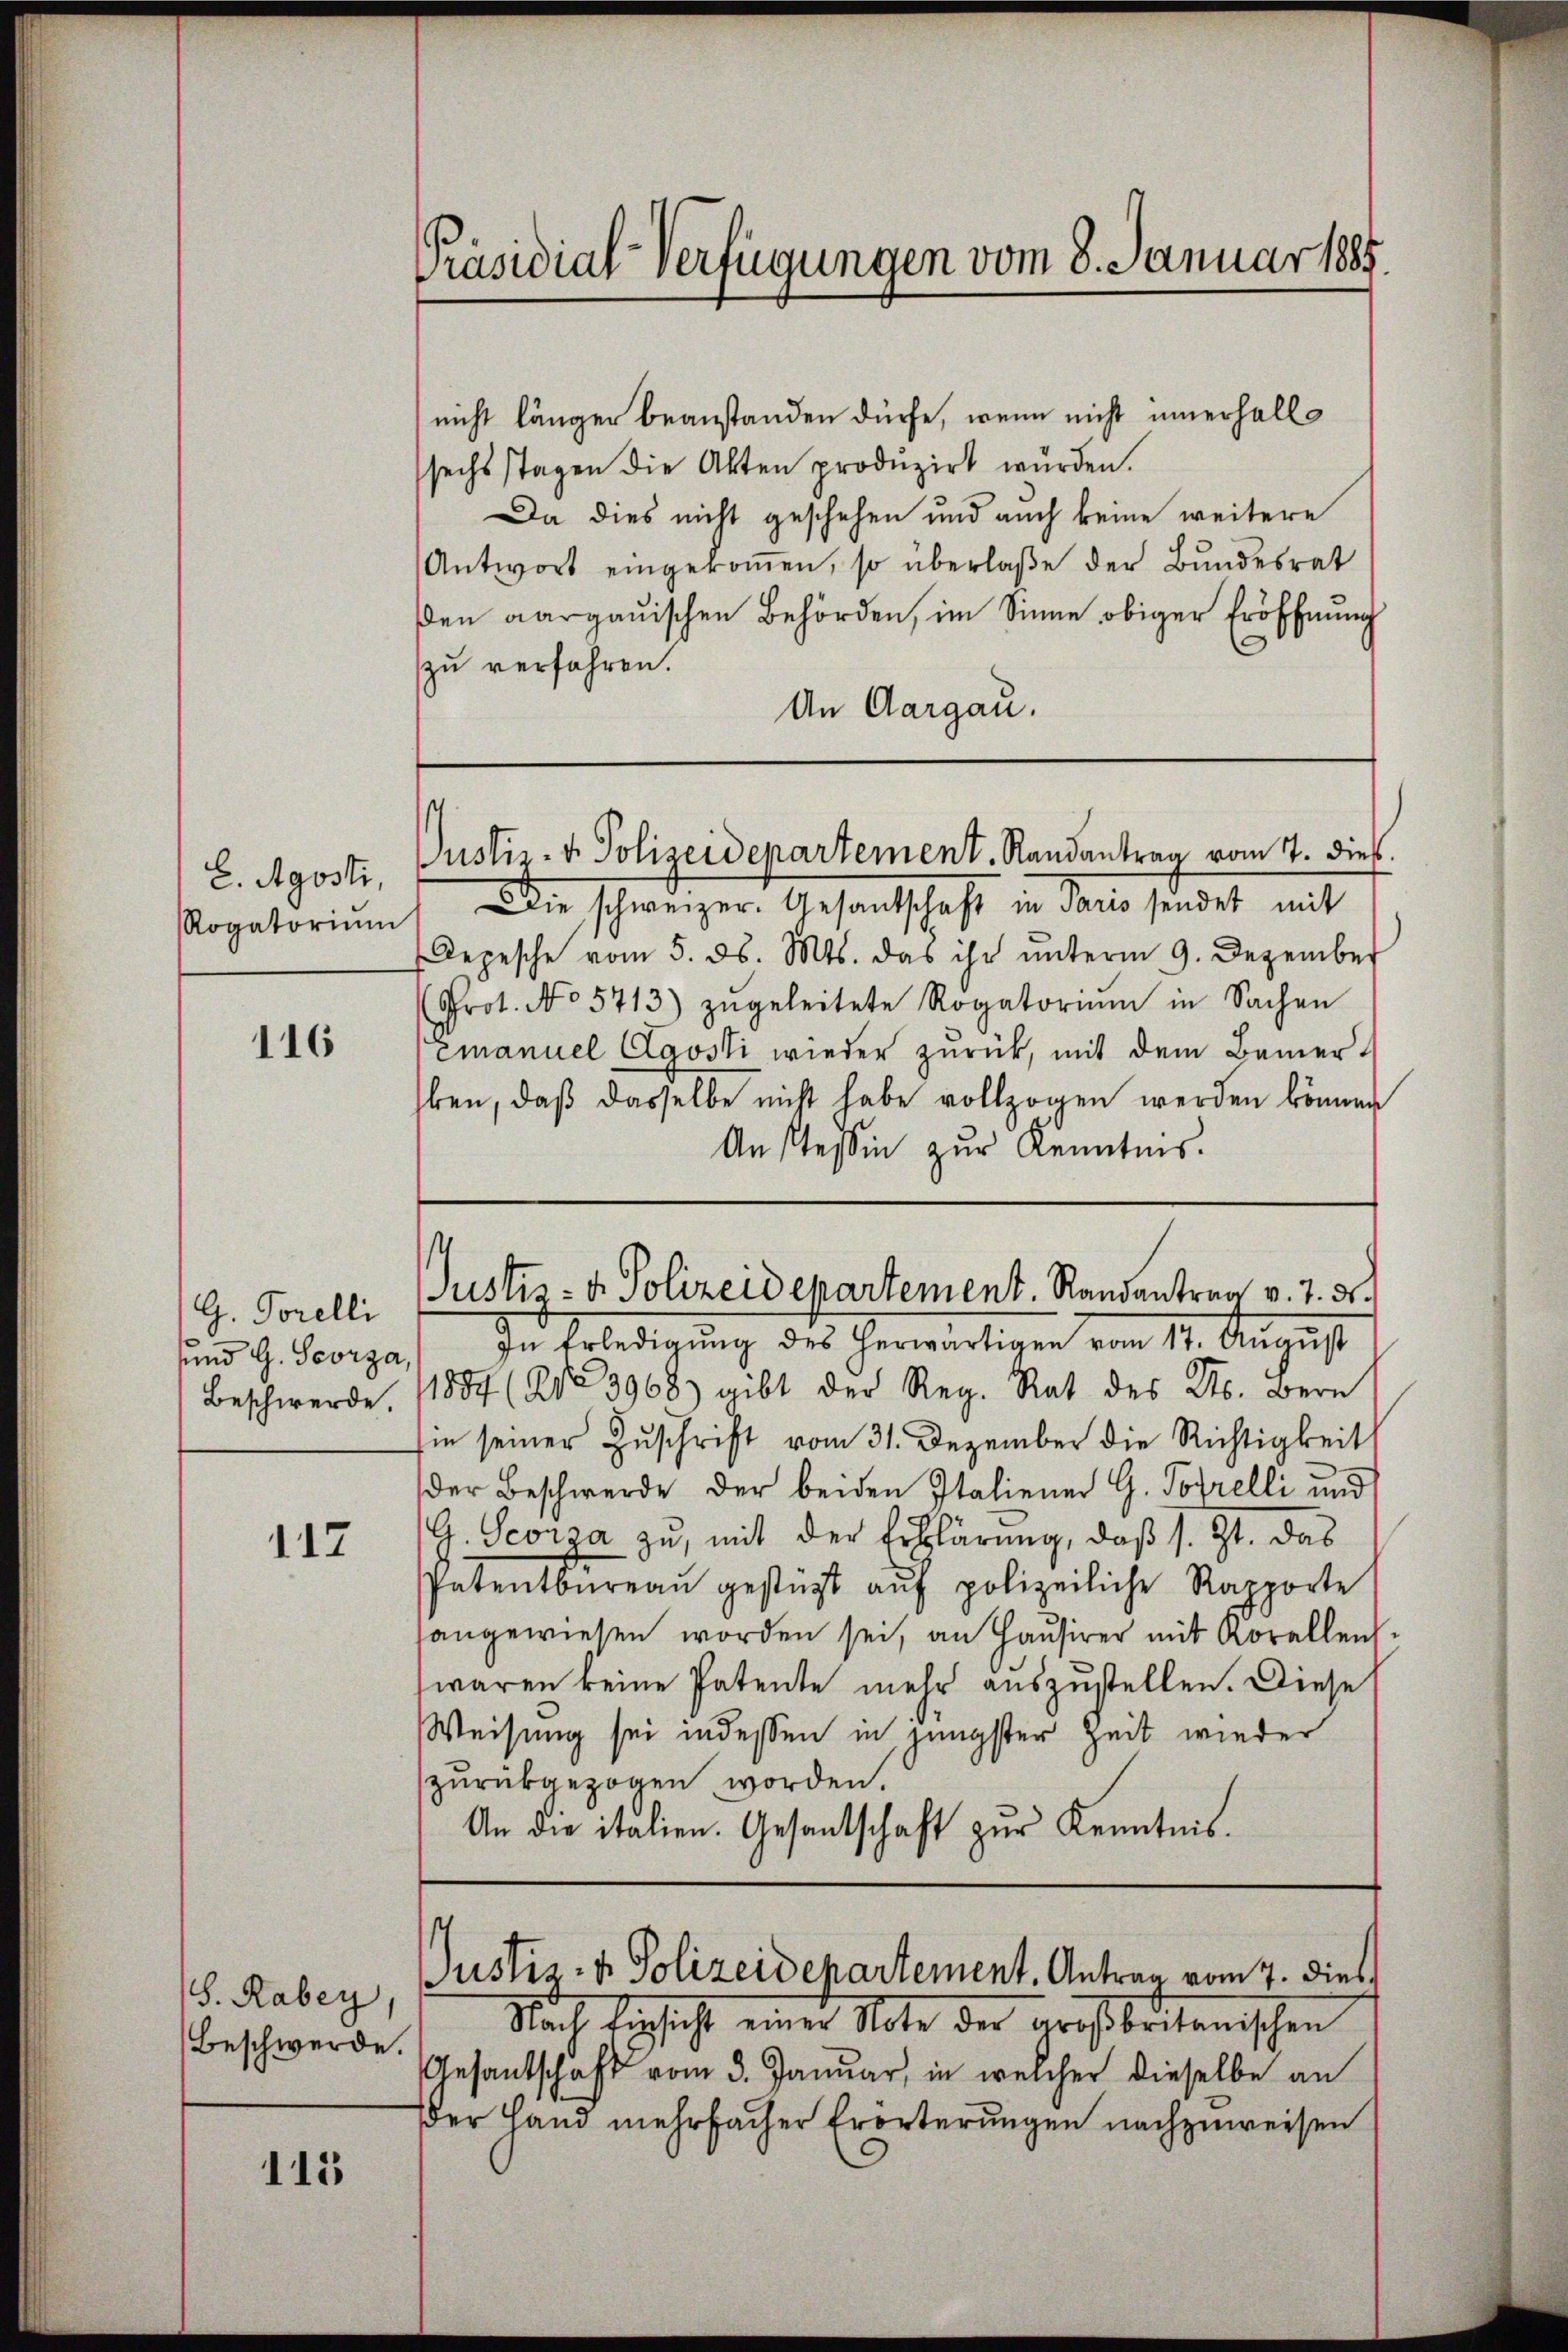
E. Agosti,
Rogatorium

116

G. Forelli
Beschwerde.

117

S. Rabey
Beschwerde.

115

Präsidial-Verfügungen vom 8. Januar 1885.

nicht länger beanstanden dürfe, wenn nicht innerhalts
sechs Tagen die Akten produzirt wurden.
Da dies nicht geschehen und auch keine weitere
Antwort eingekoṁen, so überlaβe der Bŭndesrat
ßen aargauischen Behörden, im Sinne obiger Eröffnung
zu verfahren.
An Aargau.

sind G. Georga, In Erledigŭng des herwärtigen vom 17. Aŭgŭst
1854 (213968) gibt der Reg. Rat des Kts. Bern
sin seiner Zuschrift vom 31. Dezember die Richtigkeit
der Beschwerde der beiden Italiener G. Potrelli und
G. Georia zu, mit der Erklärung, daß s. Zt. das
Patentbüreaŭ gestürzt aŭf polizeiliche Rapporte
sangewiesen worden sei, an Hausirer mit Korallenwaren keine Patente mehr auszustellen. Diese
Weisung sei indessen in jüngster Zeit wieder
zurückgezogen worden.
An die italien. Gesantschaft zur Kenntnis.

Justiz- & Polizeidepartement. Randantrag vom 7. dieß.

Die schweizer. Gesandschaft in Paris sendet mit
Depesche vom 5. ds. Mts. das ihr ŭnterm 9. Dezember
Prot. No 5713) zŭgeleitete Rogatorium in Sachen
Emanuel Agosti wieder zurück, mit dem Bemer-
ben, daβ dasselbe nicht habe vollzogen werden können
Anstessin zur Kenntnis.

Justiz- & Polizeidepartement. Randantrag v. 7. ds.

Justiz- & Polizeidepartement. Antrag vom 7. dies

Nach Einsicht einer Note der argsbritanischen
Gesantschaft vom 3. Januar, in welcher dieselbe an
er Hand mehrfacher Erörterungen nachzuweisen